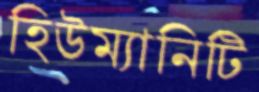
হিউম্যানিটি